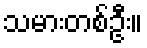
သမားတစ်ဦး။